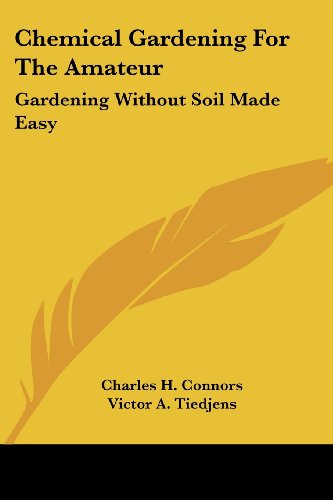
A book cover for Chemical Gardening for the Amateur: Gardening Without Soil Made Easy; Charles H. Connors; Crafts, Hobbies & Home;